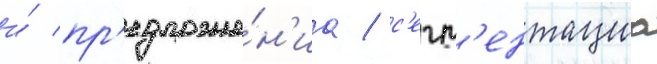
и́ пр'едложе́н'иа / с'егм'ентациа